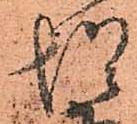
惶